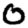
Digit: 0